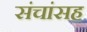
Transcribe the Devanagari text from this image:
संचांसह